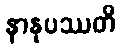
နာနုပဿတိ